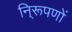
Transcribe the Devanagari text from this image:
नि्रूपणों